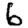
Digit: 6